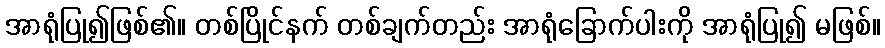
အာရုံပြု၍ဖြစ်၏။ တစ်ပြိုင်နက် တစ်ချက်တည်း အာရုံခြောက်ပါးကို အာရုံပြု၍ မဖြစ်။